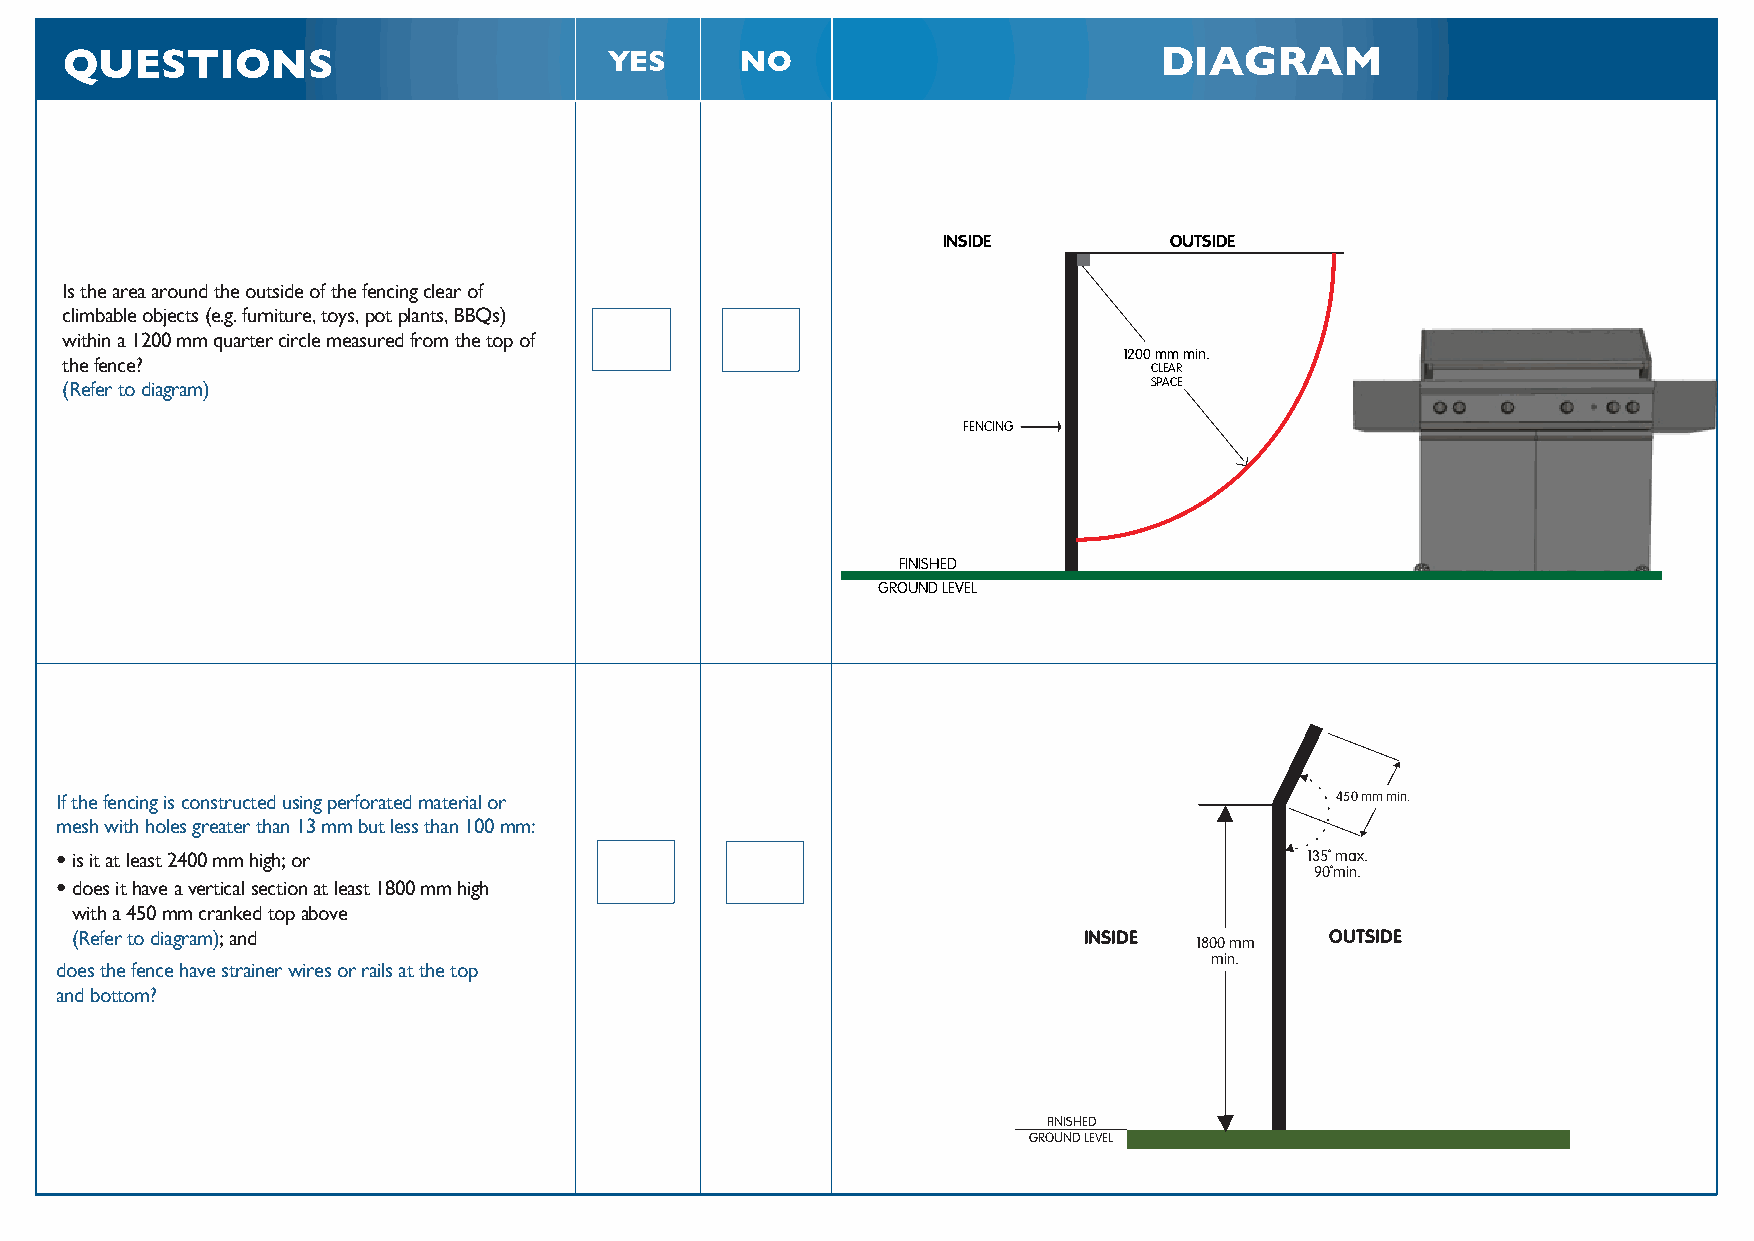
QUESTIONS                           YES      NO                          DIAGRAM
 INSIDE         OUTSIDE
 Is the area around the outside o fthe fencing clear of
 climbable objects (e.g. furniture, toys, pot plants, BBQs)
 within a 1200 mm quarter circle measured from the top of
 1200 mm min.
 the fence?
 CLEAR
 (Refer to diagram)                                                      SPACE
 FENCING
 FINISHED
 GROUND LEVEL
 If the fencing is constructed using perforated material or                          450 mm min.
 mesh with holes greater than 13 mm but less than 100 mm:
 •is it at least 2400 mm high; or                                                   135˚ max.
 90˚min.
 •does it have a vertical section at least 1800 mm high
 with a 450 mm cranked top above
 (Refer to diagram); and                                            INSIDE
 1800 mm
 OUTSIDE
 min.
 does the fence have strainer wires or rails at the top
 and bottom?
 FINISHED
 GROUND LEVEL